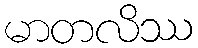
မာတလိဿ